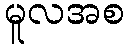
မူလအစ